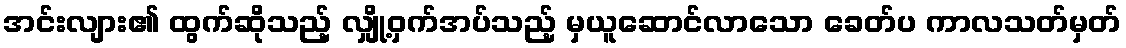
အင်းလျား၏ ထွက်ဆိုသည့် လျှို့ဝှက်အပ်သည့် မှယူဆောင်လာသော ခေတ်ပ ကာလသတ်မှတ်